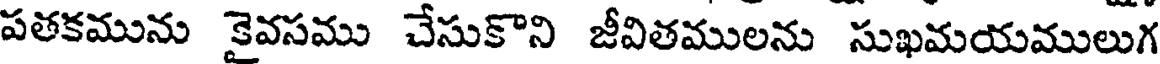
పతకమును కైవసము చేసుకొని జీవితములను సుఖమయములుగ